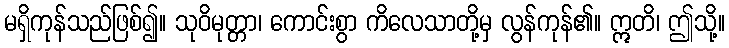
မရှိကုန်သည်ဖြစ်၍။ သုဝိမုတ္တာ၊ ကောင်းစွာ ကိလေသာတို့မှ လွန်ကုန်၏။ ဣတိ၊ ဤသို့။